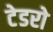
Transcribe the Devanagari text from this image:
टेडरो